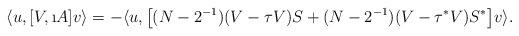
LaTeX: \begin{align*}\langle u,[V,\i A]v \rangle = -\langle u, \big[(N-2^{-1})(V-\tau V)S+(N-2^{-1})(V-\tau ^*V)S^*\big] v \rangle.\end{align*}